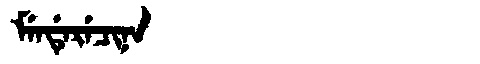
Manchu: ᠮᡝᠨᡩᡝᡵᡝᠴᡳᠨᠠ
Romanization: MENDERECINA